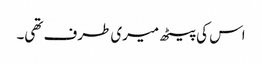
اس کی پیٹھ میری طرف تھی۔